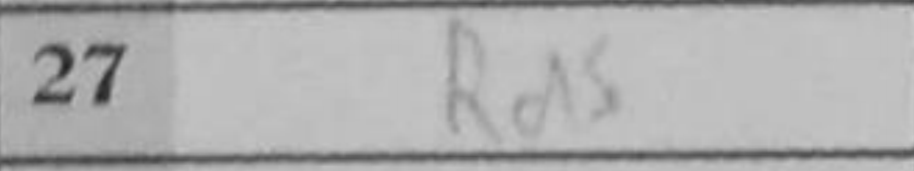
Transcription: Rd5